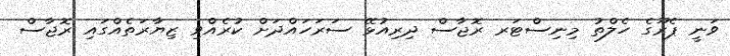
ވަނީ ޕެރޫގެ ހެލްތު މިނިސްޓަރ ރޮޖާސް ދިރިއުޅޭ ސަރަހައްދަށް ކުރެއްވި ޒިޔާރަތެއްގައި ރޮޖާސް